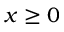
x \geq 0